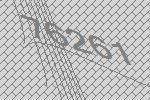
76261